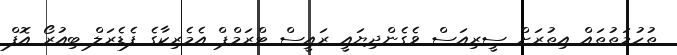
ތުހުމަތުތައް އިތުރަށް ސީރިއަސް ވެގެންދިޔައީ ރައީސް ޓްރަމްޕް އެމެރިކާގެ ފެޑެރަލް ބިއުރޯ އޮފް